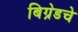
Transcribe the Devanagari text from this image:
बिग्रेडचे